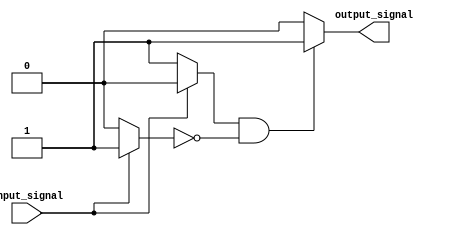
module io_block_push_pull_buffer (
    input wire input_signal,
    output reg output_signal
);

wire pmos_out;
wire nmos_out;

assign pmos_out = input_signal ? 1'b0 : 1'b1;
assign nmos_out = input_signal ? 1'b1 : 1'b0;

always @* begin
    if (pmos_out && !nmos_out) begin
        output_signal = 1'b1;
    end else begin
        output_signal = 1'b0;
    end
end

endmodule